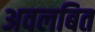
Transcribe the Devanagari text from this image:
अवलबित